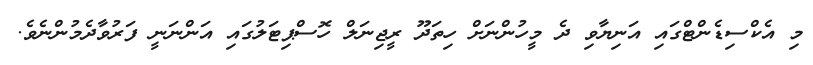
މި އެކްސިޑެންޓްގައި އަނިޔާވި ދެ މީހުންނަށް ހިތަދޫ ރީޖިނަލް ހޮސްޕިޓަލުގައި އަންނަނީ ފަރުވާދެމުންނެވެ.